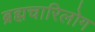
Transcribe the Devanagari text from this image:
ब्रह्मचारिलोग